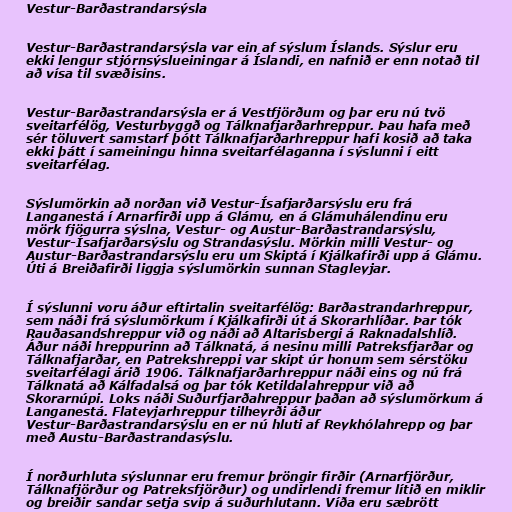
Vestur-Barðastrandarsýsla

Vestur-Barðastrandarsýsla var ein af sýslum Íslands. Sýslur eru
ekki lengur stjórnsýslueiningar á Íslandi, en nafnið er enn notað til
að vísa til svæðisins.

Vestur-Barðastrandarsýsla er á Vestfjörðum og þar eru nú tvö
sveitarfélög, Vesturbyggð og Tálknafjarðarhreppur. Þau hafa með
sér töluvert samstarf þótt Tálknafjarðarhreppur hafi kosið að taka
ekki þátt í sameiningu hinna sveitarfélaganna í sýslunni í eitt
sveitarfélag.

Sýslumörkin að norðan við Vestur-Ísafjarðarsýslu eru frá
Langanestá í Arnarfirði upp á Glámu, en á Glámuhálendinu eru
mörk fjögurra sýslna, Vestur- og Austur-Barðastrandarsýslu,
Vestur-Ísafjarðarsýslu og Strandasýslu. Mörkin milli Vestur- og
Austur-Barðastrandarsýslu eru um Skiptá í Kjálkafirði upp á Glámu.
Úti á Breiðafirði liggja sýslumörkin sunnan Stagleyjar.

Í sýslunni voru áður eftirtalin sveitarfélög: Barðastrandarhreppur,
sem náði frá sýslumörkum í Kjálkafirði út á Skorarhlíðar. Þar tók
Rauðasandshreppur við og náði að Altarisbergi á Raknadalshlíð.
Áður náði hreppurinn að Tálknatá, á nesinu milli Patreksfjarðar og
Tálknafjarðar, en Patrekshreppi var skipt úr honum sem sérstöku
sveitarfélagi árið 1906. Tálknafjarðarhreppur náði eins og nú frá
Tálknatá að Kálfadalsá og þar tók Ketildalahreppur við að
Skorarnúpi. Loks náði Suðurfjarðahreppur þaðan að sýslumörkum á
Langanestá. Flateyjarhreppur tilheyrði áður
Vestur-Barðastrandarsýslu en er nú hluti af Reykhólahrepp og þar
með Austu-Barðastrandasýslu.

Í norðurhluta sýslunnar eru fremur þröngir firðir (Arnarfjörður,
Tálknafjörður og Patreksfjörður) og undirlendi fremur lítið en miklir
og breiðir sandar setja svip á suðurhlutann. Víða eru sæbrött